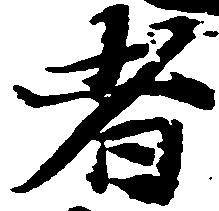
者